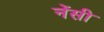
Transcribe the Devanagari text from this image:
नेंसी